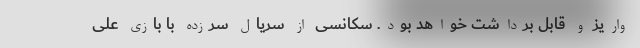
واریز و قابل برداشت خواهد بود. سکانسی از سریال سرزده با بازی علی